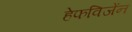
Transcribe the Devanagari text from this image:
हेफविजेंन